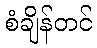
စံချိန်တင်